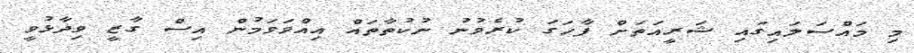
މި މައްސަލައިގައި ޝަރީއަތަށް ފާހަގަ ކުރެވުނު ނުކުތާތައް އިއްވަވަމުން އިސް ގާޒީ ވިދާޅުވީ